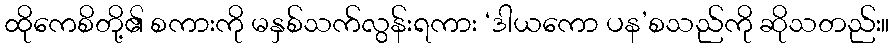
ထိုကေစိတို့၏ စကားကို မနှစ်သက်လွန်းရကား ‘ဒါယကော ပန’စသည်ကို ဆိုသတည်း။